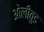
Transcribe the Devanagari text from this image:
ओलीवुड